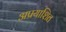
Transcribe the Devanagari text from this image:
अप्रयाशित